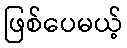
ဖြစ်ပေမယ့်